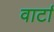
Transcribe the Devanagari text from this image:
वार्टा